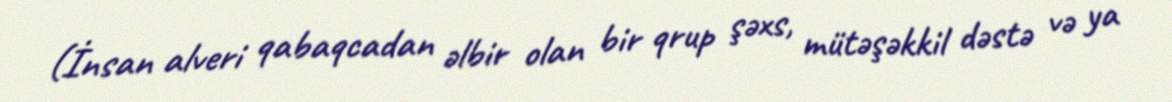
(İnsan alveri qabaqcadan əlbir olan bir qrup şəxs, mütəşəkkil dəstə və ya